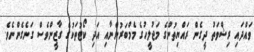
ވައްދައި ރިޝްވަތު ދީގެން ރައްޔިތުންގެ މަޖުލީހުގެ މެމްބަރުންނާއި އަދި ކޯޓުތަކުގެ ގާޒީންވެސް ގަނެގެންނެވެ.